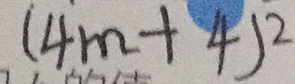
( 4 m + 4 ) ^ { 2 }